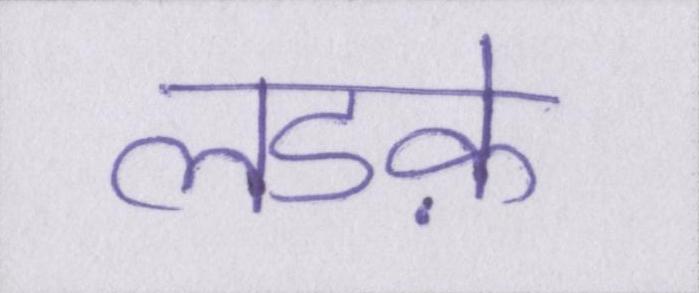
लडक़े